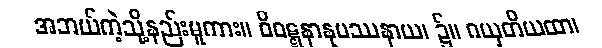
အဘယ်ကဲ့သို့နည်းမူကား။ ဝိဝဋ္ဋနာနုပဿနာယ၊ ၌။ ဂယှတိယထာ၊